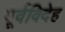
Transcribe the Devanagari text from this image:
पूर्वविदेह